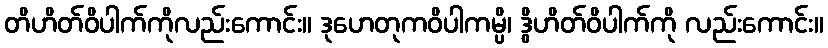
တိဟိတ်ဝိပါက်ကိုလည်းကောင်း။ ဒုဟေတုကဝိပါကမ္ပိ၊ ဒွိဟိတ်ဝိပါက်ကို လည်းကောင်း။